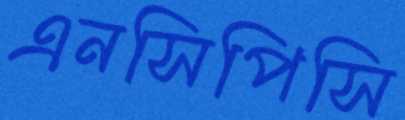
এনসিপিসি